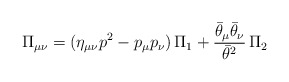
\begin{align*}\Pi_{\mu\nu} = (\eta_{\mu\nu} p^{2} - p_{\mu}p_{\nu})\, \Pi_{1} +\frac{\bar{\theta}_{\mu}\bar{\theta}_{\nu}}{\bar{\theta}^{2}}\,\Pi_{2}\end{align*}